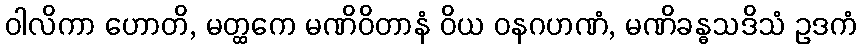
ဝါလိကာ ဟောတိ, မတ္ထကေ မဏိဝိတာနံ ဝိယ ဝနဂဟဏံ, မဏိခန္ဓသဒိသံ ဥဒကံ